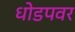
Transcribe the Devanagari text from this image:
धोडपवर